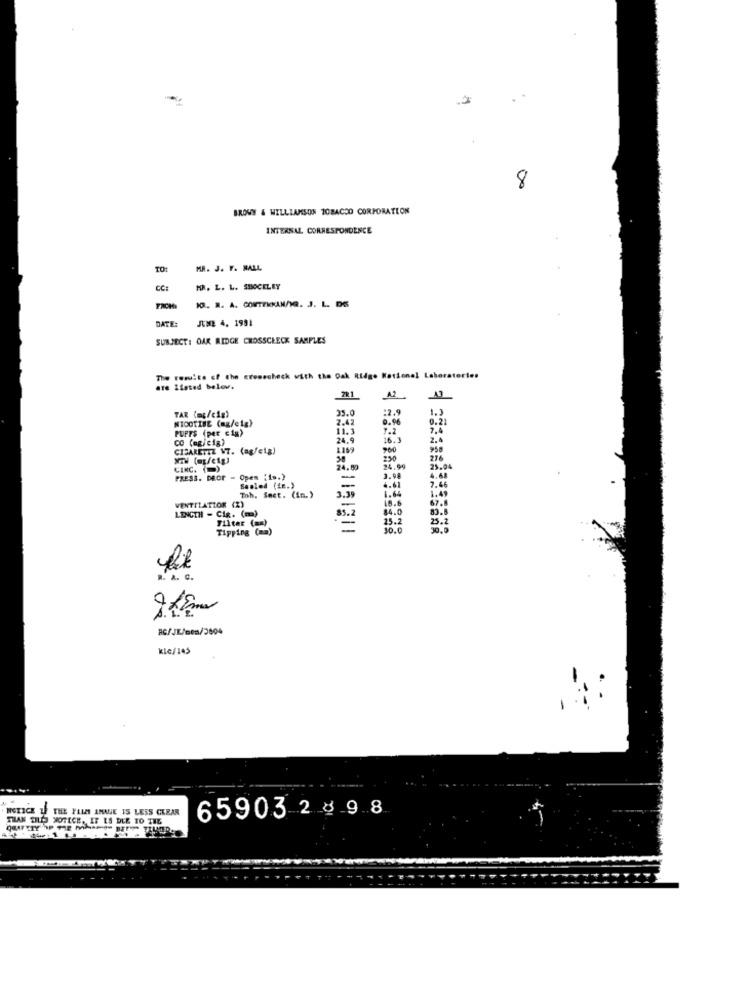
8
BROWY & WILLIAMSON TOBACCO CORPORATION
INTERNAL CORRESPONDENCE
TO
MR. J. F. BALL
HA. L. L. SHOCKLEY
10. R. A. CONTEKKANhG. J. L. DE
DATE:
JUNE 4, 1991
SUBJECT: OAK RIDGE CROSSCHECK SAMPLES
The results of the crosscheck with the Oak Ridge National Laboratories
are Listed below.
221
TAR (mg/c1g)
35.0
:2.
1.)
NICOTINE (ag/eig)
2.42
0.96
0.21
PUPFS (per cig)
11.3
7.2
7.4
co (ag/cig)
24.9
16.3
2.4
CIGARETTE WT. (agfelg)
1189
900
958
250
276
CINC.()
24.00
24.99
25.04
PRESS. DROP - Open "1s.)
Sealed (LE.)
-
3.98
4.61
1.64
7.6
1.49
Toh. Seet. (in. )
3.39
LENGTH - CIR. (ma)
VENTILATION (Z)
18.6
84.0
Filter (a)
85.2
25.2
25.2
Tipping (mm)
30.0
RC/JE/Gen/3604
kle/145
NOTICE IF THE FILMS AMALE IS LESS CLEAR
THAN OUO XOTECE, IF LS DLE TO TIE
659032 89 8